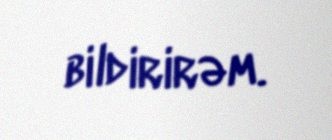
bildirirəm.